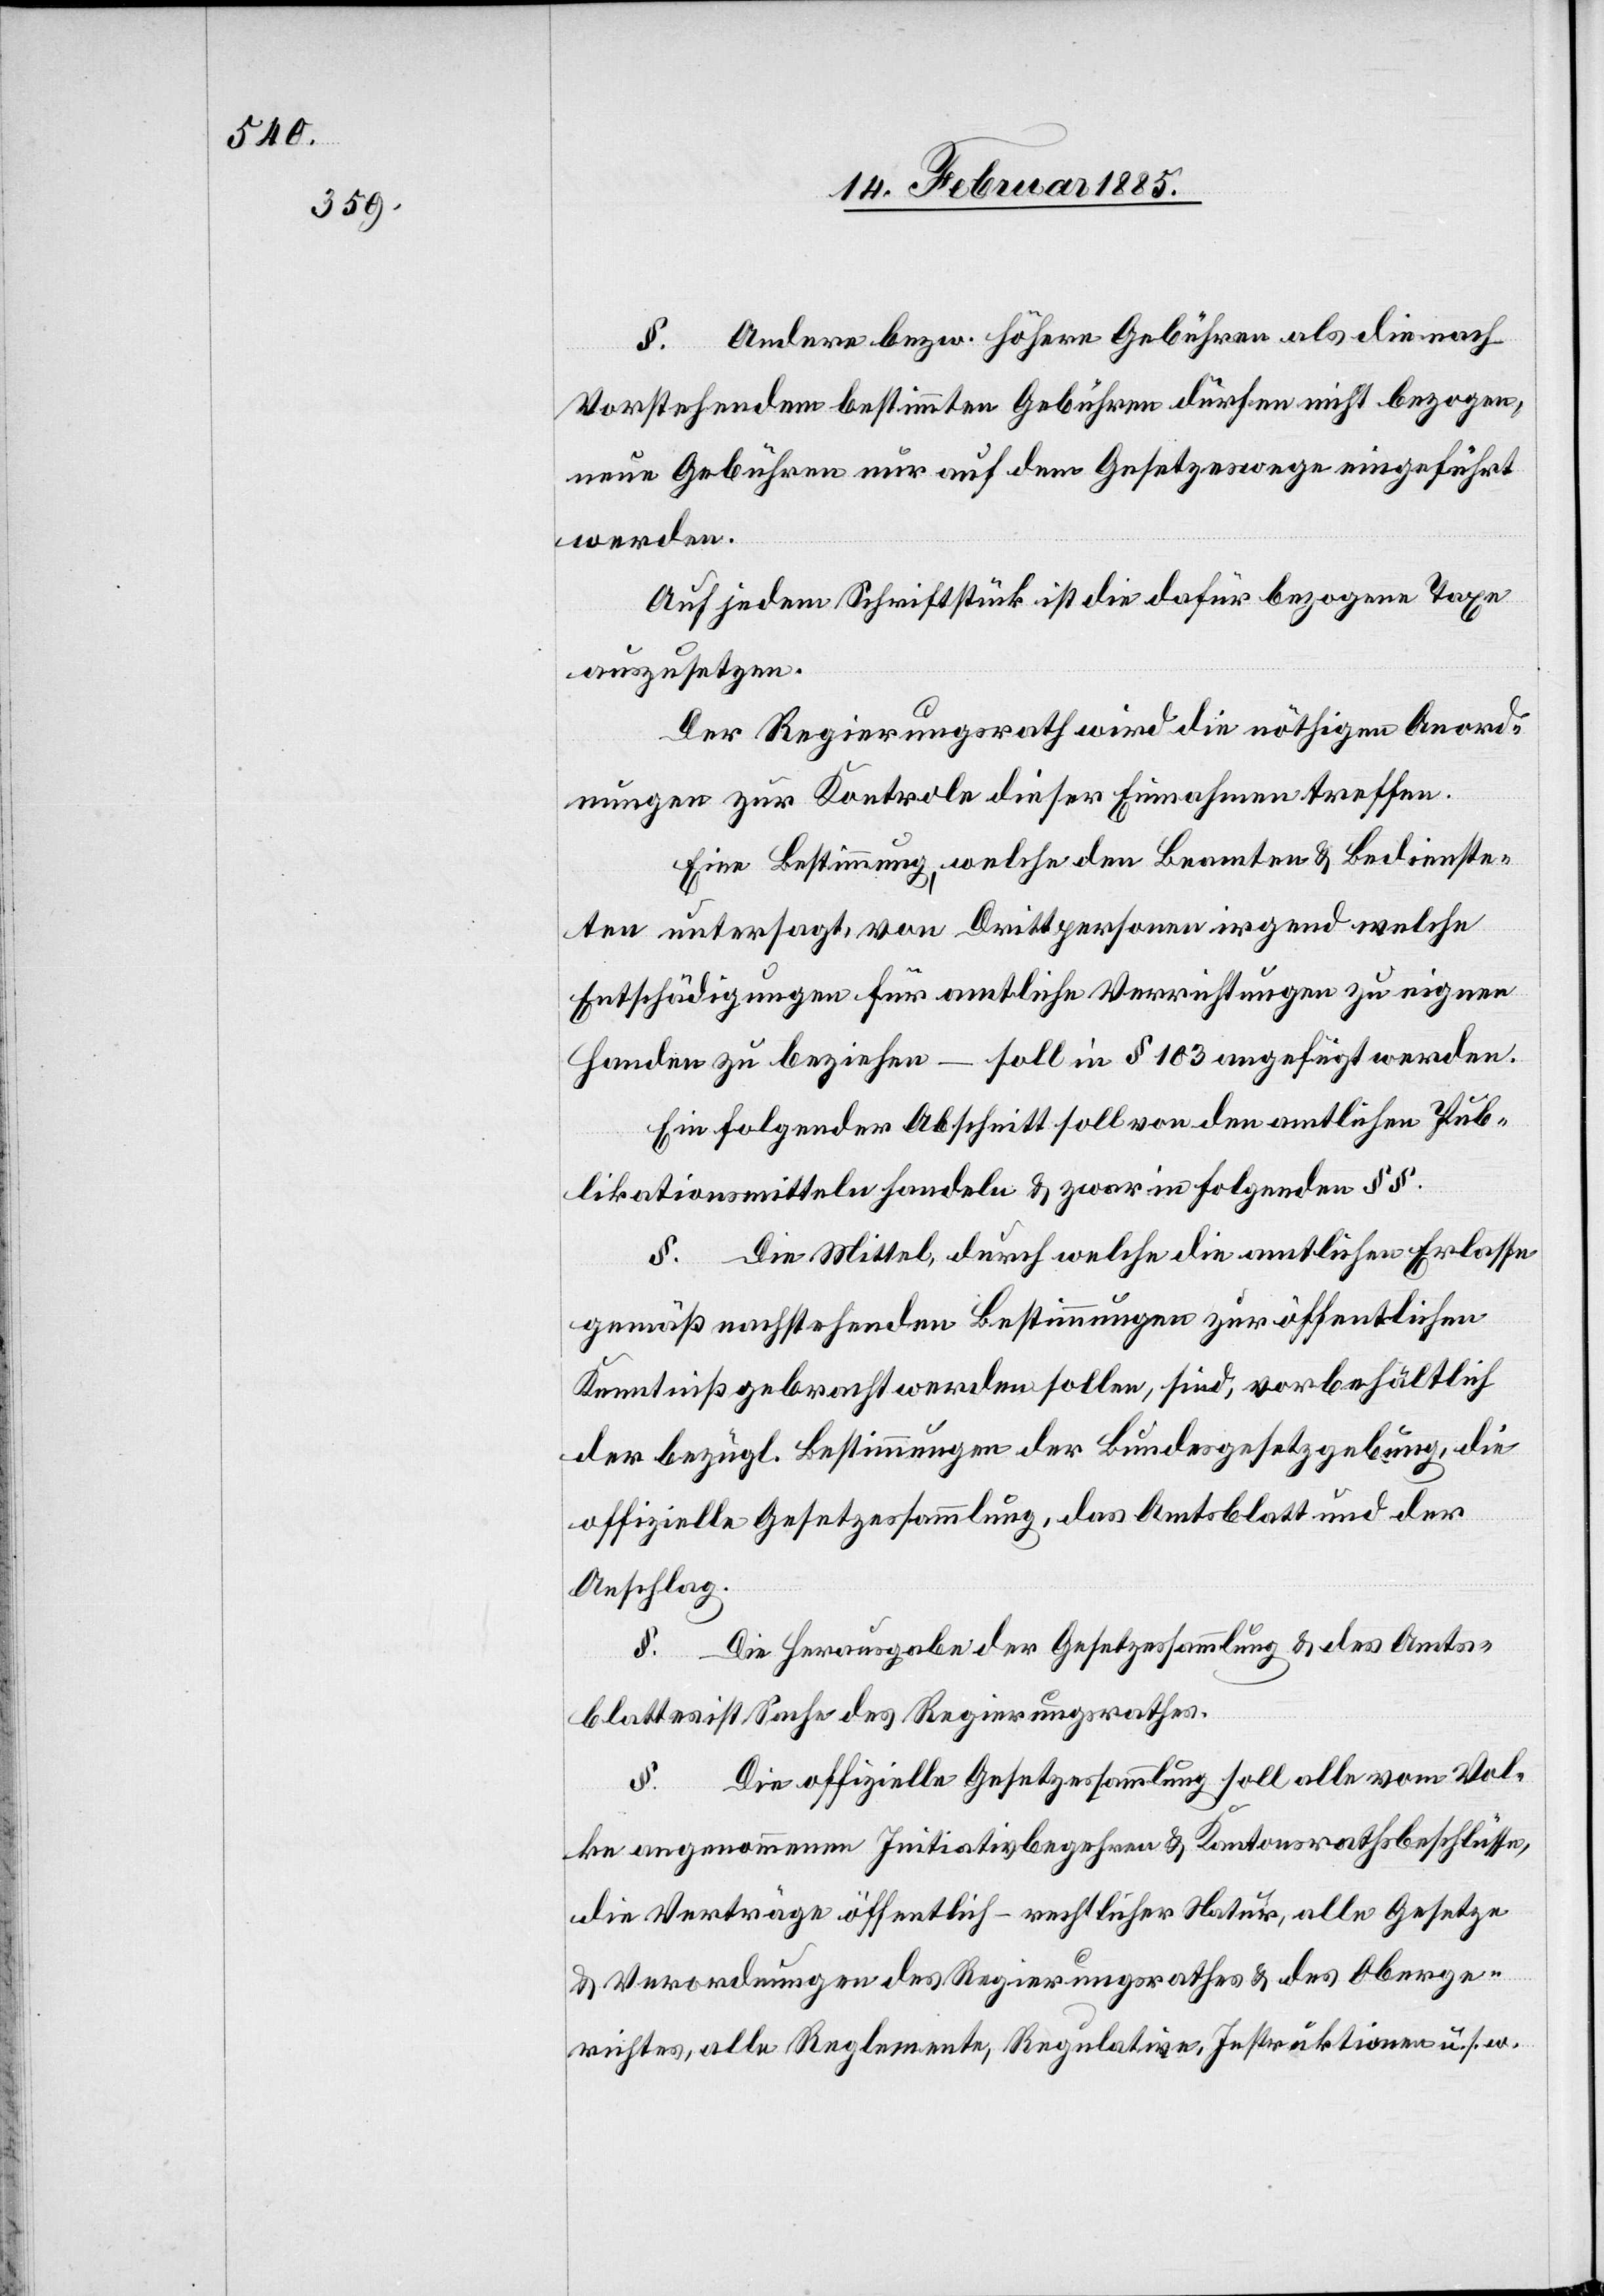
§. Andere bezw. höhere Gebühren als die nach
Vorstehendem bestimmten Gebühren dürfen nicht bezogen,
neue Gebühren nur auf dem Gesetzeswege eingeführt
werden.
Auf jedem Schriftstück ist die dafür bezogene Taxe
auszusetzen.
Der Regierungsrath wird die nöthigen Anord¬
nungen zu Kontrole dieser Einnahmen treffen.
Eine Bestimmung, welche den Beamten & Bedienste¬
ten untersagt von Drittpersonen irgend welche
Entschädigungen für amtliche Verrichtungen zu eignen
Handen zu beziehen – soll in § 103 angefügt werden.
Ein folgender Abschnitt soll von den amtlichen Pub¬
likationsmitteln handeln & zwar in folgenden §§.
§. Die Mittel, durch welche die amtlichen Erlasse
gemäß nachstehenden Bestimmungen zur öffentlichen
Kenntniß gebracht werden sollen, sind, vorbehältlich
der bezügl. Bestimmungen der Bundesgesetzgebung, die
offizielle Gesetzessammlung, das Amtsblatt und der
Anschlag.
§. Die Herausgabe der Gesetzessammlung & des Amts¬
blattes ist Sache des Regierungsrathes.
§. Die offizielle Gesetzessammlung soll alle vom Vol¬
ke angenommenen Initiativbegehren & Kantonsrathsbeschlüsse,
die Verträge öffentlich-rechtlicher Natur, alle Gesetze
& Verordnungen des Regierungsrathes & des Oberge¬
richtes, alle Reglemente, Regulative, Instruktionen u. s. w.